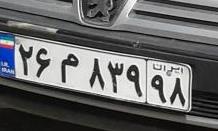
۲۶م۸۳۹۹۸